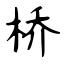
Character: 桥